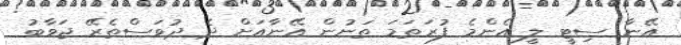
އޭނާ ސިޓީ ލީ އެންމެ ފުރަތަމަ ތަނުން އޭނާއަށް ދެ ދުވަސްތެރޭ ޖަވާބު